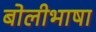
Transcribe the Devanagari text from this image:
बाेलीभाषा